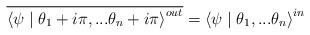
LaTeX: \begin{align*}\overline{\left\langle \psi \mid \theta _{1}+i\pi ,...\theta _{n}+i\pi\right\rangle ^{out}}=\left\langle \psi \mid \theta _{1},...\theta_{n}\right\rangle ^{in}\end{align*}